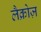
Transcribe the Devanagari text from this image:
लैक्रोज़